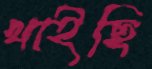
খাইছি